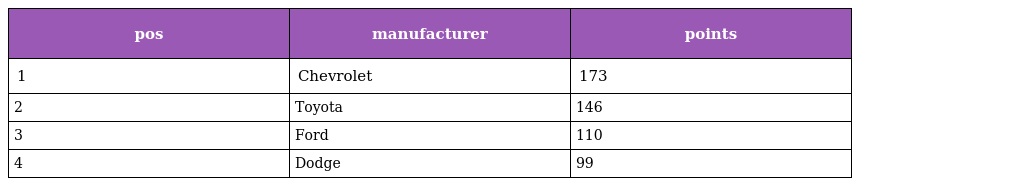
| pos | manufacturer | points |
 | --- | --- | --- |
 | 1 | Chevrolet | 173 |
 | 2 | Toyota | 146 |
 | 3 | Ford | 110 |
 | 4 | Dodge | 99 |